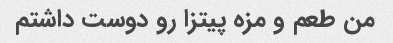
من طعم و مزه پیتزا رو دوست داشتم